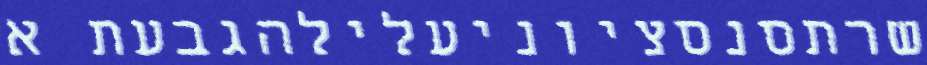
שרתסנסציוניעלילהגבעת א